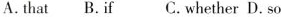
A.that B.if C.whether D.So